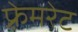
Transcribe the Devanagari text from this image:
फ़्रेमरेट